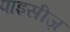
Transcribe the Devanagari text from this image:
पाइसीज़